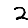
Digit: 2